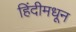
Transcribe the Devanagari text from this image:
हिंदीमधून